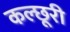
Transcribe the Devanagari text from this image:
कल्छूरी